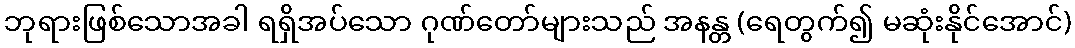
ဘုရားဖြစ်သောအခါ ရရှိအပ်သော ဂုဏ်တော်များသည် အနန္တ (ရေတွက်၍ မဆုံးနိုင်အောင်)